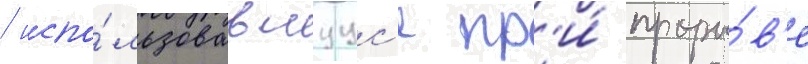
/ испо́льзовавшуус'я пр'и́ проры́в'е